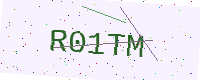
Text: R01TM